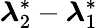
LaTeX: \boldsymbol{\lambda}_{2}^{*}-\boldsymbol{\lambda}_{1}^{*}